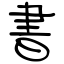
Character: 書